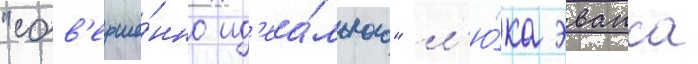
"сов'ерше́нно ид'еа́льного" л'ю́ка эванса